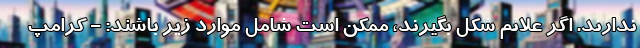
ندارند. اگر علائم شکل بگیرند، ممکن است شامل موارد زیر باشند: - کرامپ